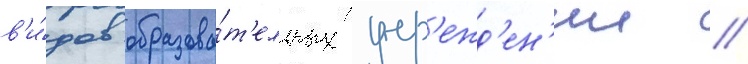
в'и́дов образова́т'ельных учр'ежд'ен'ии //